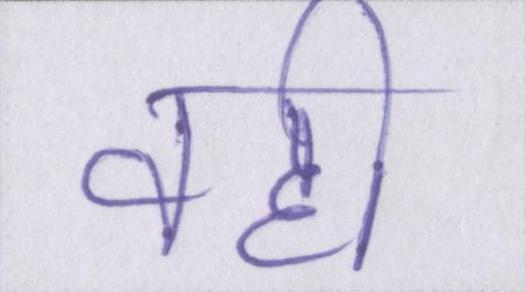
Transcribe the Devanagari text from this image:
वही